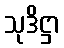
သုဒိဋ္ဌာ